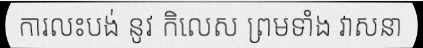
ការលះបង់ នូវ កិលេស ព្រមទាំង វាសនា